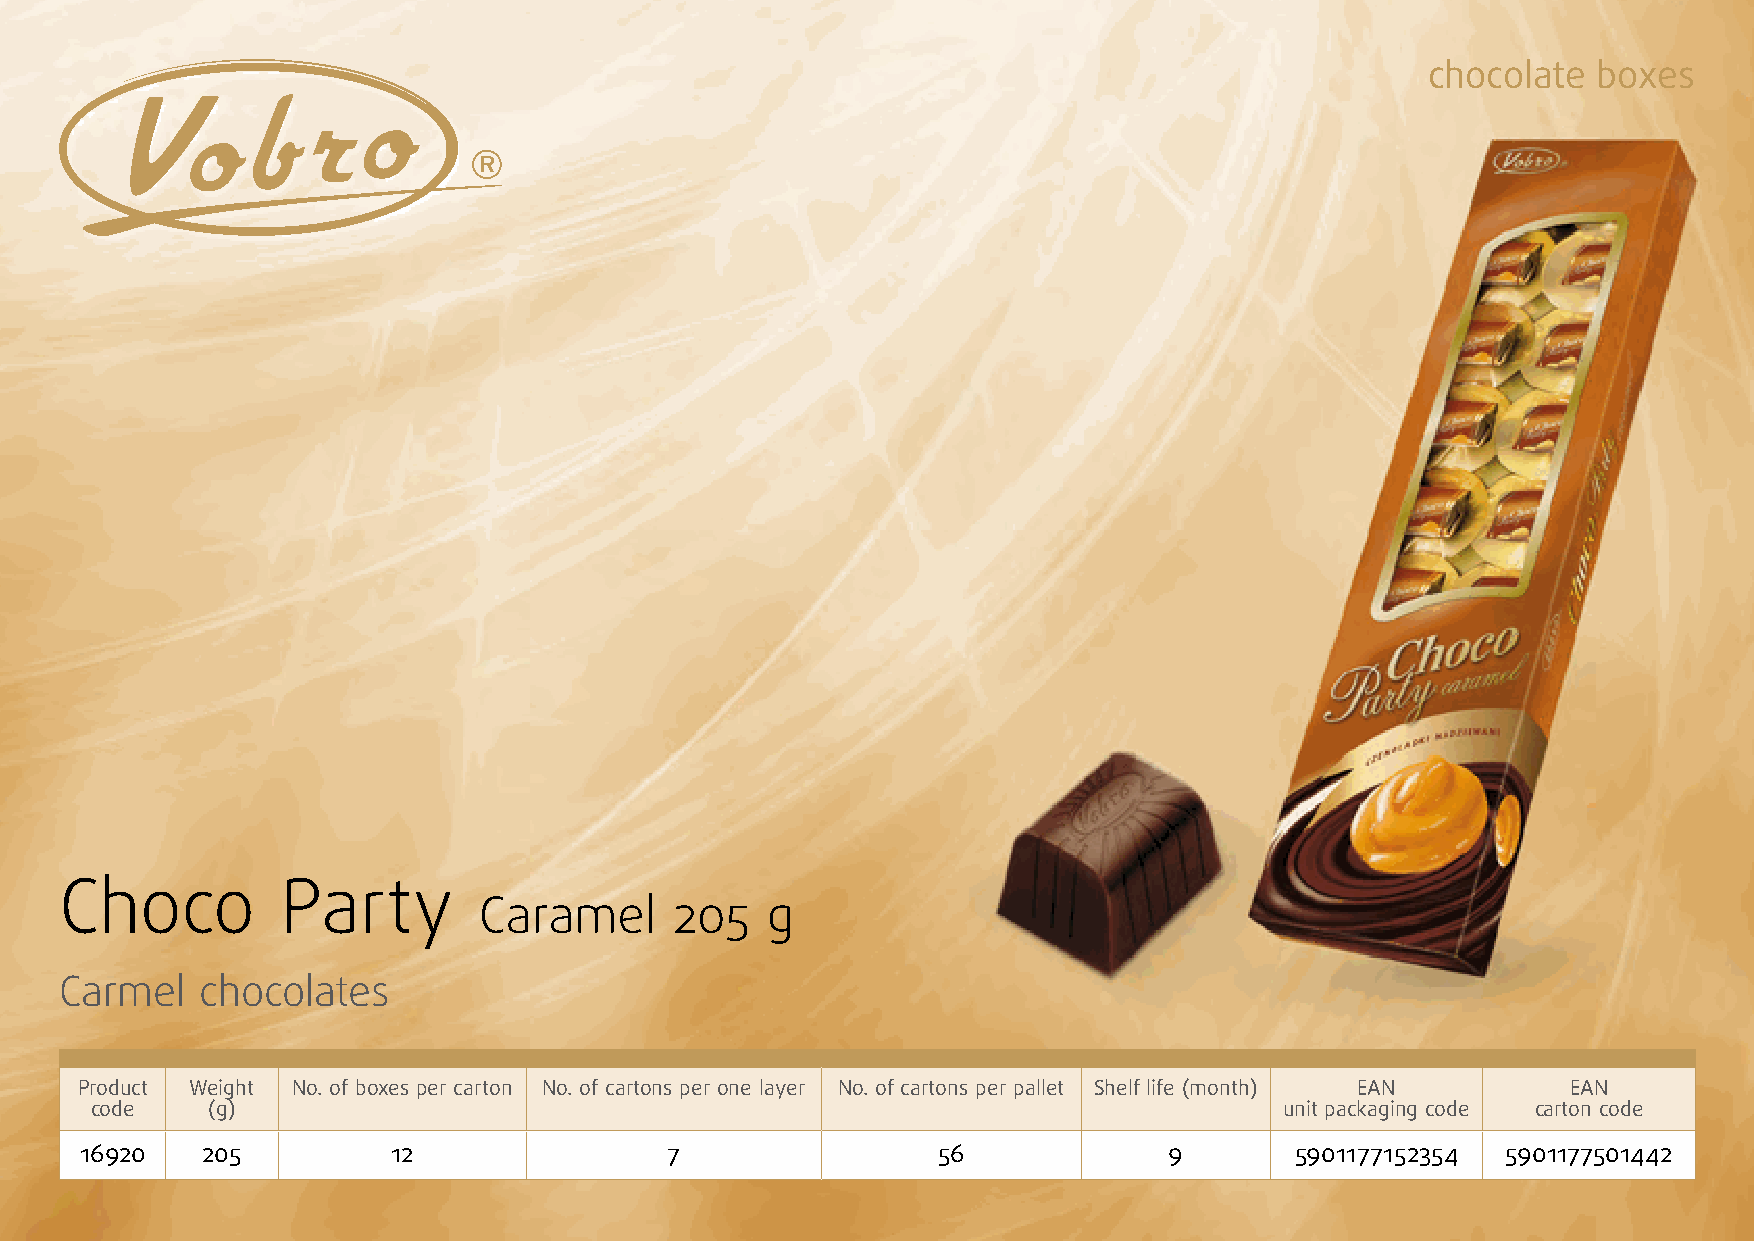
chocolate  boxes
 Choco          Party
 Caramel      205   g
 Carmel   chocolates
 Product Weight No. of boxes per carton No. of cartons per one layer No. of cartons per pallet Shelf life (month) EAN EAN
 code    (g)                                                                    unit packaging code carton code
 16920   205          12                7                 56             9        5901177152354 5901177501442